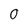
Character: 0